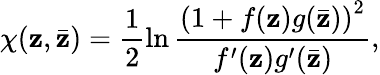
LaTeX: \chi(\mathbf{z},\bar{{\mathbf{z}}})=\frac{{1}}{{2}}\ln\frac{{\left(1+f(\mathbf{z})g(\bar{{\mathbf{z}}})\right)^{2}}}{{f^{\prime}(\mathbf{z})g^{\prime}(\bar{{\mathbf{z}}})}},